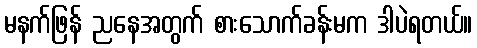
မနက်ဖြန် ညနေအတွက် စားသောက်ခန်းမက ဒါပဲရတယ်။